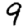
Digit: 9